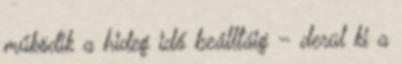
működik a hideg idő beálltáig – derül ki a